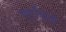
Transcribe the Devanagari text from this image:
मुरडिले